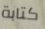
كتابة